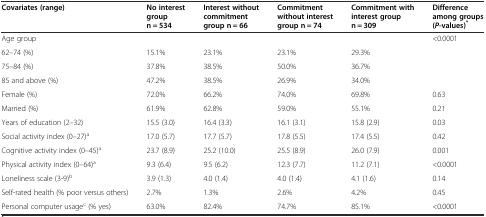
| Covariates (range) | No interest group n = 534 | Interest without commitment group n = 66 | Commitment without interest group n = 74 | Commitment with interest group n = 309 | Difference among groups ( P-values)* |
 | --- | --- | --- | --- | --- | --- |
 | Age group |  |  |  |  | <ROWSPAN=4> <0.0001 |
 | 62–74 (%) | 15.1% | 23.1% | 23.1% | 29.3% |
 | 75–84 (%) | 37.8% | 38.5% | 50.0% | 36.7% |
 | 85 and above (%) | 47.2% | 38.5% | 26.9% | 34.0% |
 | Female (%) | 72.0% | 66.2% | 74.0% | 69.8% | 0.63 |
 | Married (%) | 61.9% | 62.8% | 59.0% | 55.1% | 0.21 |
 | Years of education (2–32) | 15.5 (3.0) | 16.4 (3.3) | 16.1 (3.1) | 15.8 (2.9) | 0.03 |
 | Social activity index (0–27)a | 17.0 (5.7) | 17.7 (5.7) | 17.8 (5.5) | 17.4 (5.5) | 0.42 |
 | Cognitive activity index (0–45)a | 23.7 (8.9) | 25.2 (10.0) | 25.5 (8.9) | 26.0 (7.9) | 0.001 |
 | Physical activity index (0–64)a | 9.3 (6.4) | 9.5 (6.2) | 12.3 (7.7) | 11.2 (7.1) | <0.0001 |
 | Loneliness scale (3-9)b | 3.9 (1.3) | 4.0 (1.4) | 4.0 (1.4) | 4.1 (1.6) | 0.14 |
 | Self-rated health (% poor versus others) | 2.7% | 1.3% | 2.6% | 4.2% | 0.45 |
 | Personal computer usagec (% yes) | 63.0% | 82.4% | 74.7% | 85.1% | <0.0001 |